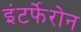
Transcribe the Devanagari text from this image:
इंटर्फेरोन